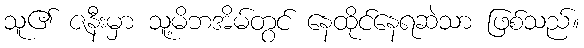
သူ၏ ဇနီးမှာ သူ့မိဘအိမ်တွင် နေထိုင်နေရဆဲသာ ဖြစ်သည်။